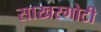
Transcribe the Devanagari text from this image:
साखरगोटी